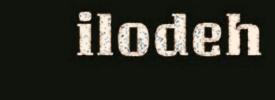
ilodeh